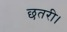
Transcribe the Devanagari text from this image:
छतरी।